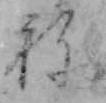
ね